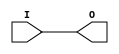
// $Header: /devl/xcs/repo/env/Databases/CAEInterfaces/verunilibs/data/unisims/IBUFG.v,v 1.9 2009/08/21 23:55:43 harikr Exp $
///////////////////////////////////////////////////////////////////////////////
// Copyright (c) 1995/2004 Xilinx, Inc.
// All Right Reserved.
///////////////////////////////////////////////////////////////////////////////
//   ____  ____
//  /   /\/   /
// /___/  \  /    Vendor : Xilinx
// \   \   \/     Version : 10.1
//  \   \         Description : Xilinx Functional Simulation Library Component
//  /   /                  Input Clock Buffer
// /___/   /\     Filename : IBUFG.v
// \   \  /  \    Timestamp : Thu Mar 25 16:42:24 PST 2004
//  \___\/\___\
//
// Revision:
//    03/23/04 - Initial version.
//    05/23/07 - Changed timescale to 1 ps / 1 ps.
//    07/16/08 - Added IBUF_LOW_PWR attribute.
//    04/22/09 - CR 519127 - Changed IBUF_LOW_PWR default to TRUE.
// End Revision


`timescale  1 ps / 1 ps


module IBUFG (O, I);

    parameter CAPACITANCE = "DONT_CARE";
    parameter IBUF_DELAY_VALUE = "0";
    parameter IBUF_LOW_PWR = "TRUE";
    parameter IOSTANDARD = "DEFAULT";

    output O;
    input  I;

    buf B1 (O, I);
    
    initial begin
	
        case (CAPACITANCE)

            "LOW", "NORMAL", "DONT_CARE" : ;
            default : begin
                          $display("Attribute Syntax Error : The attribute CAPACITANCE on IBUFG instance %m is set to %s.  Legal values for this attribute are DONT_CARE, LOW or NORMAL.", CAPACITANCE);
                          $finish;
                      end

        endcase


	case (IBUF_DELAY_VALUE)

            "0", "1", "2", "3", "4", "5", "6", "7", "8", "9", "10", "11", "12", "13", "14", "15", "16" : ;
            default : begin
                          $display("Attribute Syntax Error : The attribute IBUF_DELAY_VALUE on IBUFG instance %m is set to %s.  Legal values for this attribute are 0, 1, 2, ... or 16.", IBUF_DELAY_VALUE);
                          $finish;
                      end

        endcase

        case (IBUF_LOW_PWR)

            "FALSE", "TRUE" : ;
            default : begin
                          $display("Attribute Syntax Error : The attribute IBUF_LOW_PWR on IBUF instance %m is set to %s.  Legal values for this attribute are TRUE or FALSE.", IBUF_LOW_PWR);
                          $finish;
                      end

        endcase


    end // initial begin
    
endmodule